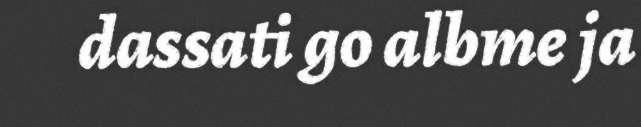
dassati go albme ja